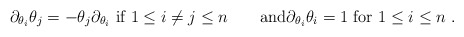
\begin{align*}\partial_{\theta_i} \theta_j=-\theta_j \partial_{\theta_i}\hbox{ if } 1 \leq i \neq j \leq n\qquad\hbox{and}\partial_{\theta_i} \theta_i = 1\hbox{ for }1 \leq i \leq n~.\end{align*}